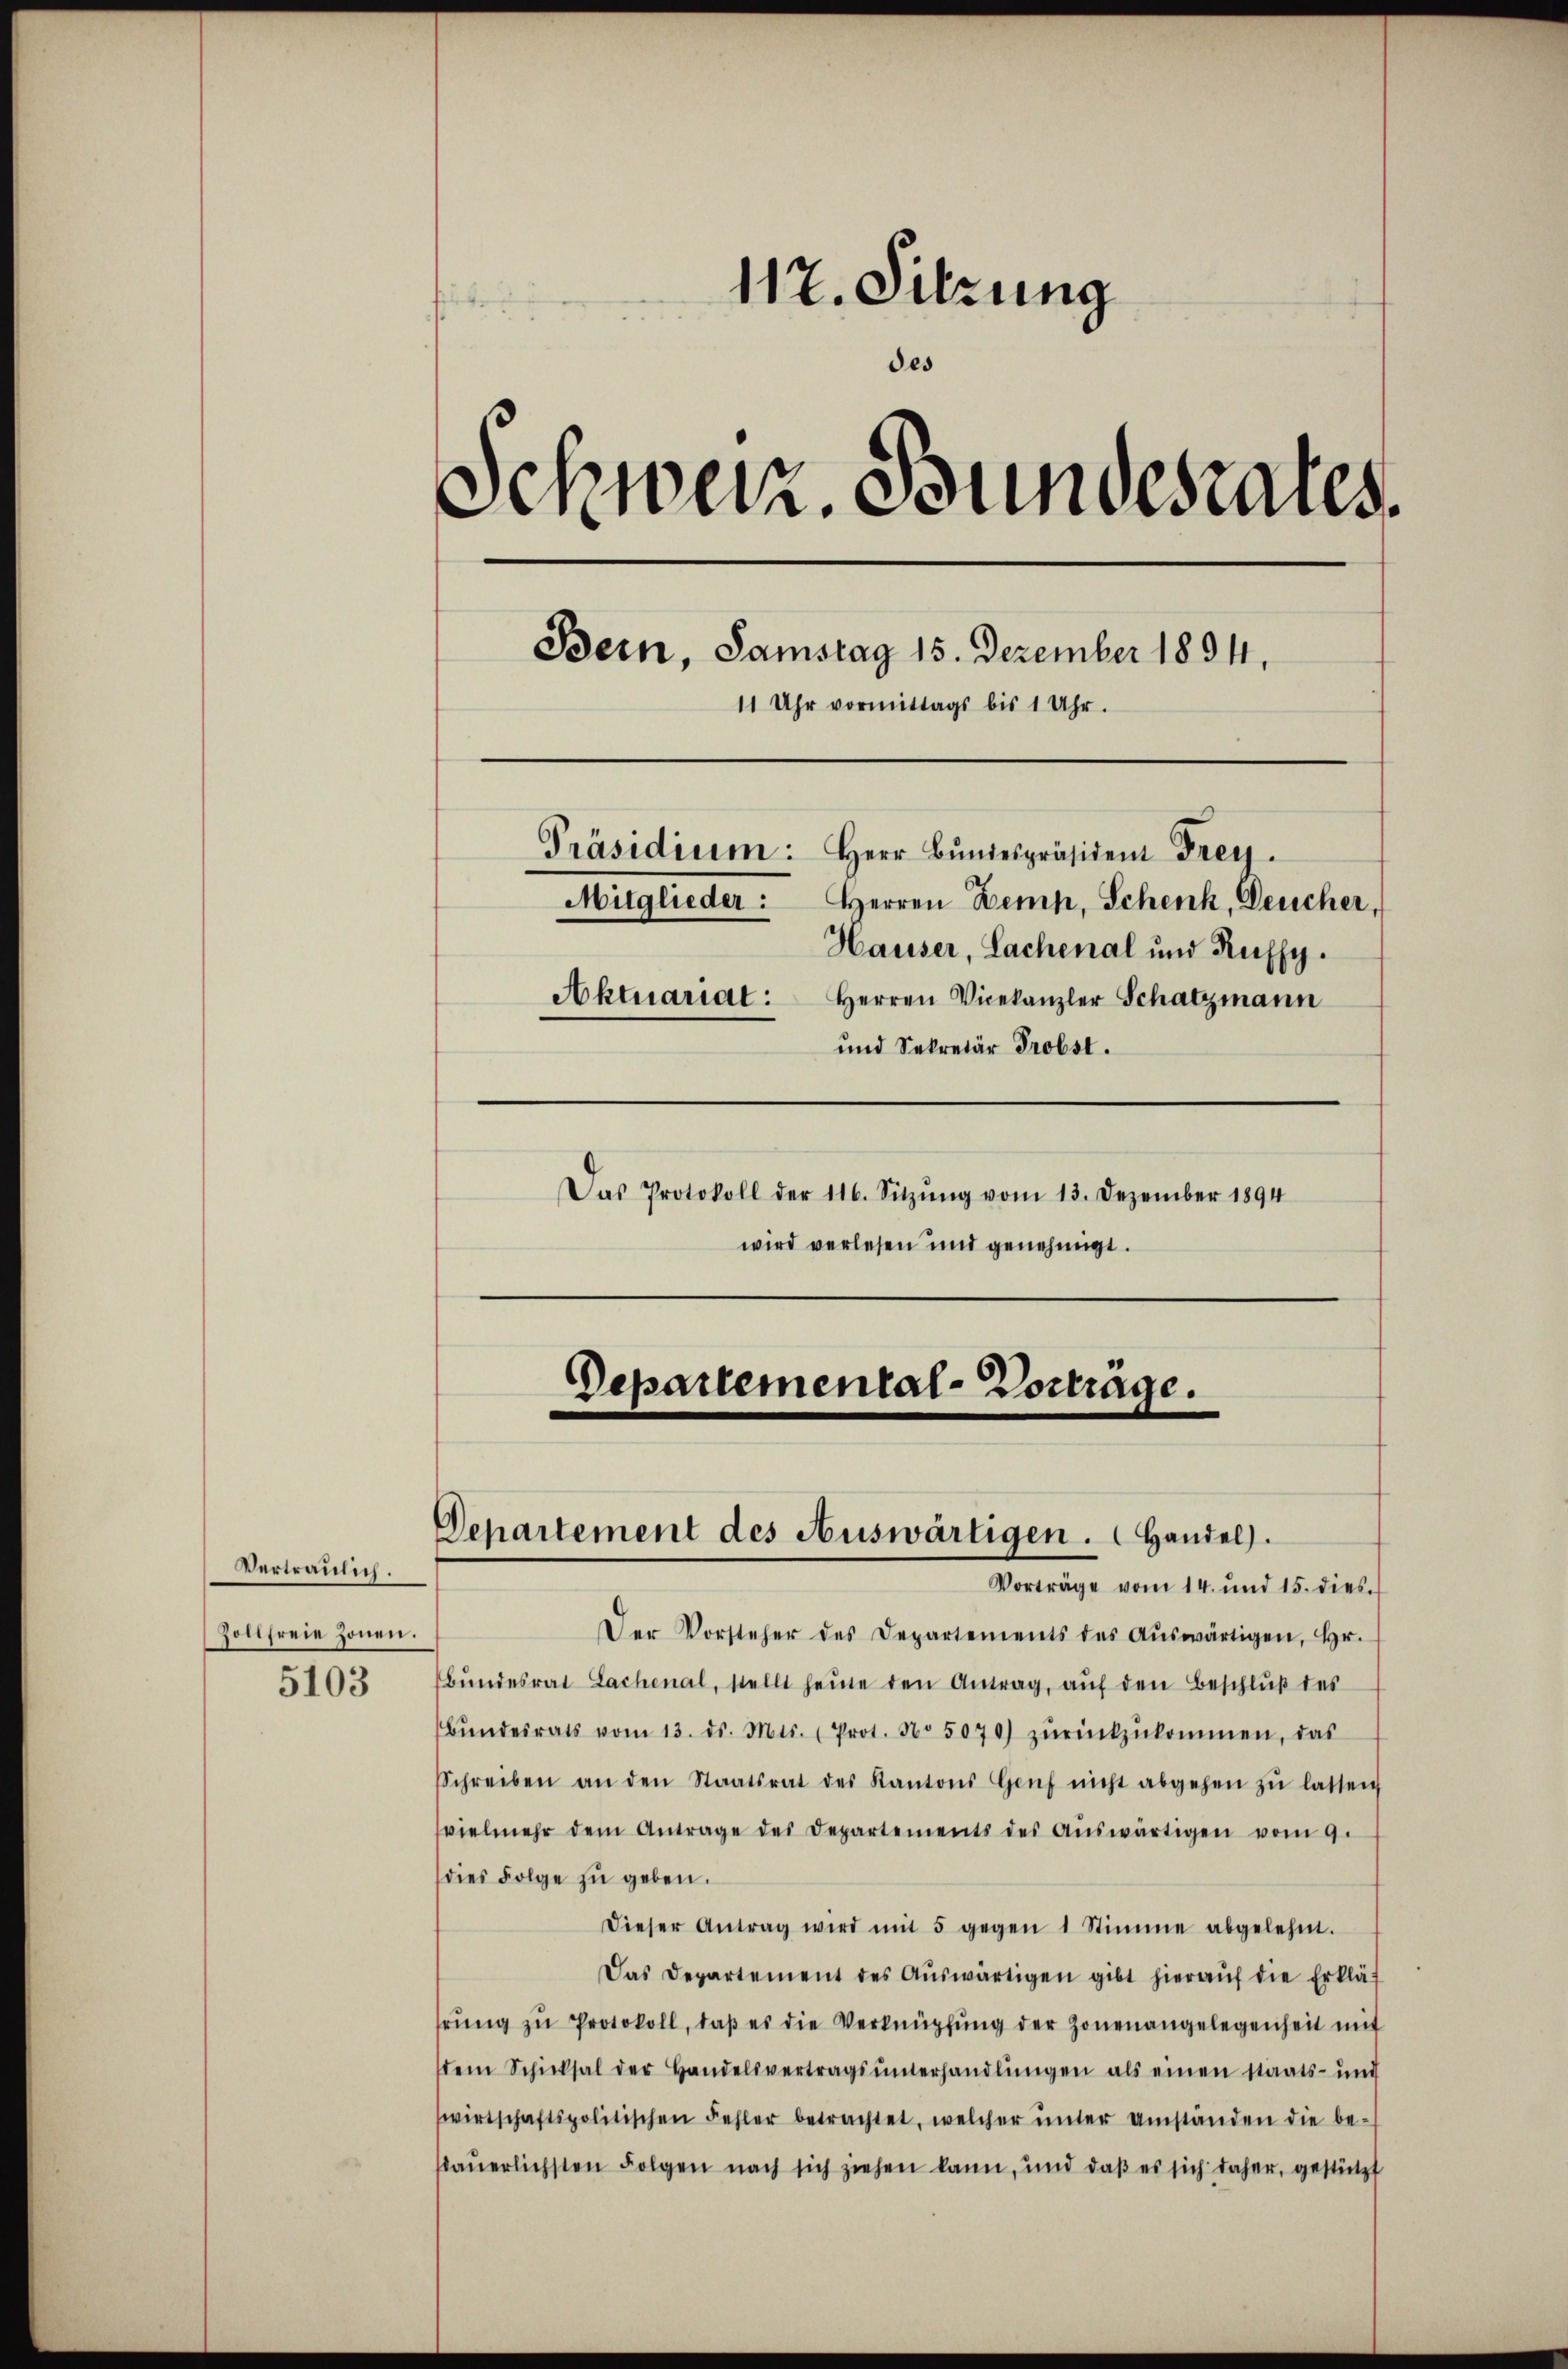
Vertraulich.
Zolifreie Zonen.

5103

117. Sitzung
des
Schweiz. Bundesrates
Bern, Samstag 15. Dezember 1894.
11 Uhr vormittags bis 1 Uhr.
Präsidium: Herr Bŭndespräsident Frey.
Mitglieder: Herren Dein, Schenk, Deucher,
Hauser, Lachenal und Ruffy.
Aktuariat: Herren Vicekanzler Schatzmann
und Sekretär Probst.
Das Protokoll der 116. Sitzŭng vom 13. Dezember 1894
wird verlesen und genehmigt.

Departemental-Vorträge.

Departement des Auswärtigen. Handel.

Vorträge vom 14. und 15. dies
Der Vorsteher des Departements des aŭswärtigen, hr.
bŭndesrat Lachenal, stellt heute den Antrag, auf den Beschluß des
Bŭndesrats vom 13. ds. Mts. (Prot. No 5070) zŭrückzŭkommen, das
Schreiben an den Staatsrat des Kantons Genf nicht abgehen zŭ lassen
vielmehr dem Antrage des Departements des aŭswärtigen vom 9.
dies Folge zu geben.
dieser Antrag wird mit 5 gegen 1 Stimme abgelehnt.
Das Departement des Aŭswärtigen gibt hieraŭf die Erklär
hrŭng zŭ Protokoll, daβ es die Verknüpfŭng der Zonenangelegenheit mit
dem Schicksal der Handelsvertragsŭnterhandlŭngen als einen Staats- und
wirtschaftspolitischen Fehler betrachtet, welcher ŭnter Umständen die be-
sdauerlichsten Folgen nach sich ziehen kann, und daβ es sich daher, gestützt